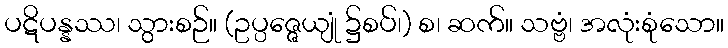
ပဋိပန္နဿ၊ သွားစဉ်။ (ဥပ္ပဇ္ဇေယျုံ ၌စပ်၊) စ၊ ဆက်။ သဗ္ဗံ၊ အလုံးစုံသော။